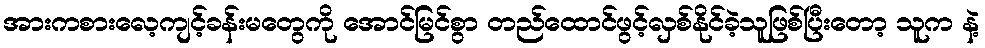
အားကစားလေ့ကျင့်ခန်းမတွေကို အောင်မြင်စွာ တည်ထောင်ဖွင့်လှစ်နိုင်ခဲ့သူဖြစ်ပြီးတော့ သူက နဲ့